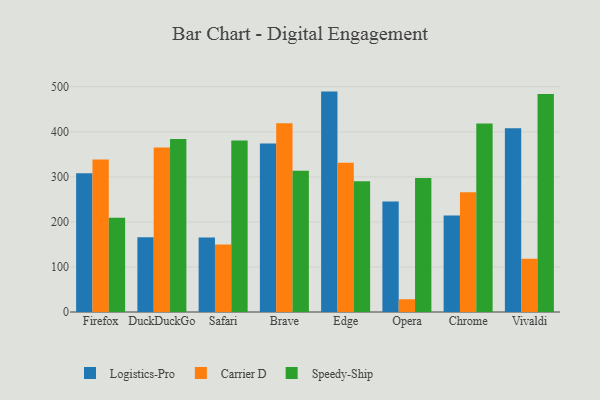
{"axis": {"x": "Browser", "y": "Net Income (USD K)"}, "legend": ["Carrier D", "Logistics-Pro", "Speedy-Ship"], "data": [{"x": "Firefox", "y": 307.9, "type": "Logistics-Pro"}, {"x": "Firefox", "y": 338.8, "type": "Carrier D"}, {"x": "Firefox", "y": 209.0, "type": "Speedy-Ship"}, {"x": "DuckDuckGo", "y": 165.8, "type": "Logistics-Pro"}, {"x": "DuckDuckGo", "y": 365.4, "type": "Carrier D"}, {"x": "DuckDuckGo", "y": 384.3, "type": "Speedy-Ship"}, {"x": "Safari", "y": 165.4, "type": "Logistics-Pro"}, {"x": "Safari", "y": 149.9, "type": "Carrier D"}, {"x": "Safari", "y": 380.8, "type": "Speedy-Ship"}, {"x": "Brave", "y": 374.2, "type": "Logistics-Pro"}, {"x": "Brave", "y": 419.3, "type": "Carrier D"}, {"x": "Brave", "y": 313.7, "type": "Speedy-Ship"}, {"x": "Edge", "y": 489.3, "type": "Logistics-Pro"}, {"x": "Edge", "y": 331.2, "type": "Carrier D"}, {"x": "Edge", "y": 290.5, "type": "Speedy-Ship"}, {"x": "Opera", "y": 245.4, "type": "Logistics-Pro"}, {"x": "Opera", "y": 28.3, "type": "Carrier D"}, {"x": "Opera", "y": 297.7, "type": "Speedy-Ship"}, {"x": "Chrome", "y": 214.1, "type": "Logistics-Pro"}, {"x": "Chrome", "y": 265.7, "type": "Carrier D"}, {"x": "Chrome", "y": 418.4, "type": "Speedy-Ship"}, {"x": "Vivaldi", "y": 407.9, "type": "Logistics-Pro"}, {"x": "Vivaldi", "y": 118.4, "type": "Carrier D"}, {"x": "Vivaldi", "y": 484.2, "type": "Speedy-Ship"}]}